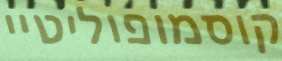
קוסמופוליטיי